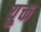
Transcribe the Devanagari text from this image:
यु्क्त